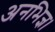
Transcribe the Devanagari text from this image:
अनभिज्ञ।